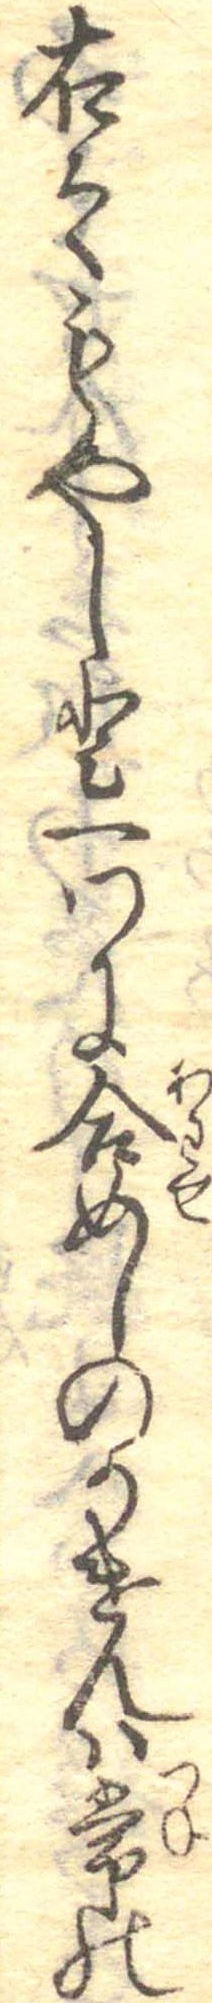
右之もやしと一つに合めしのかけんは常の